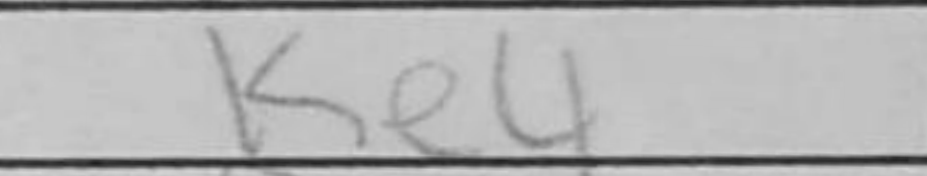
Transcription: Ke4